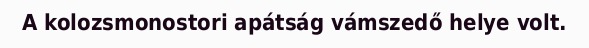
A kolozsmonostori apátság vámszedő helye volt.